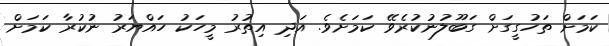
ކަމަށް ތަހުގީގަށް ގަބޫލުނުކުރެވޭ ކަމަށެވެ. އަދި އިތުރު މީހަކު ހައްޔަރު ނުކުރާ ކަމަށް